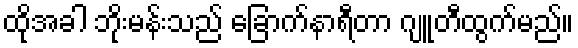
ထိုအခါ ဘိုးမန်းသည် ခြောက်နာရီတာ ဂျူတီထွက်မည်။